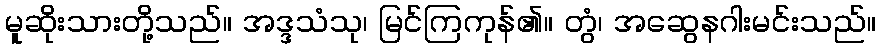
မူဆိုးသားတို့သည်။ အဒ္ဒသံသု၊ မြင်ကြကုန်၏။ တွံ၊ အဆွေနဂါးမင်းသည်။